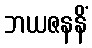
ဘယဇနနိံ